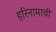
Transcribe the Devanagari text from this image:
हरिनामाची